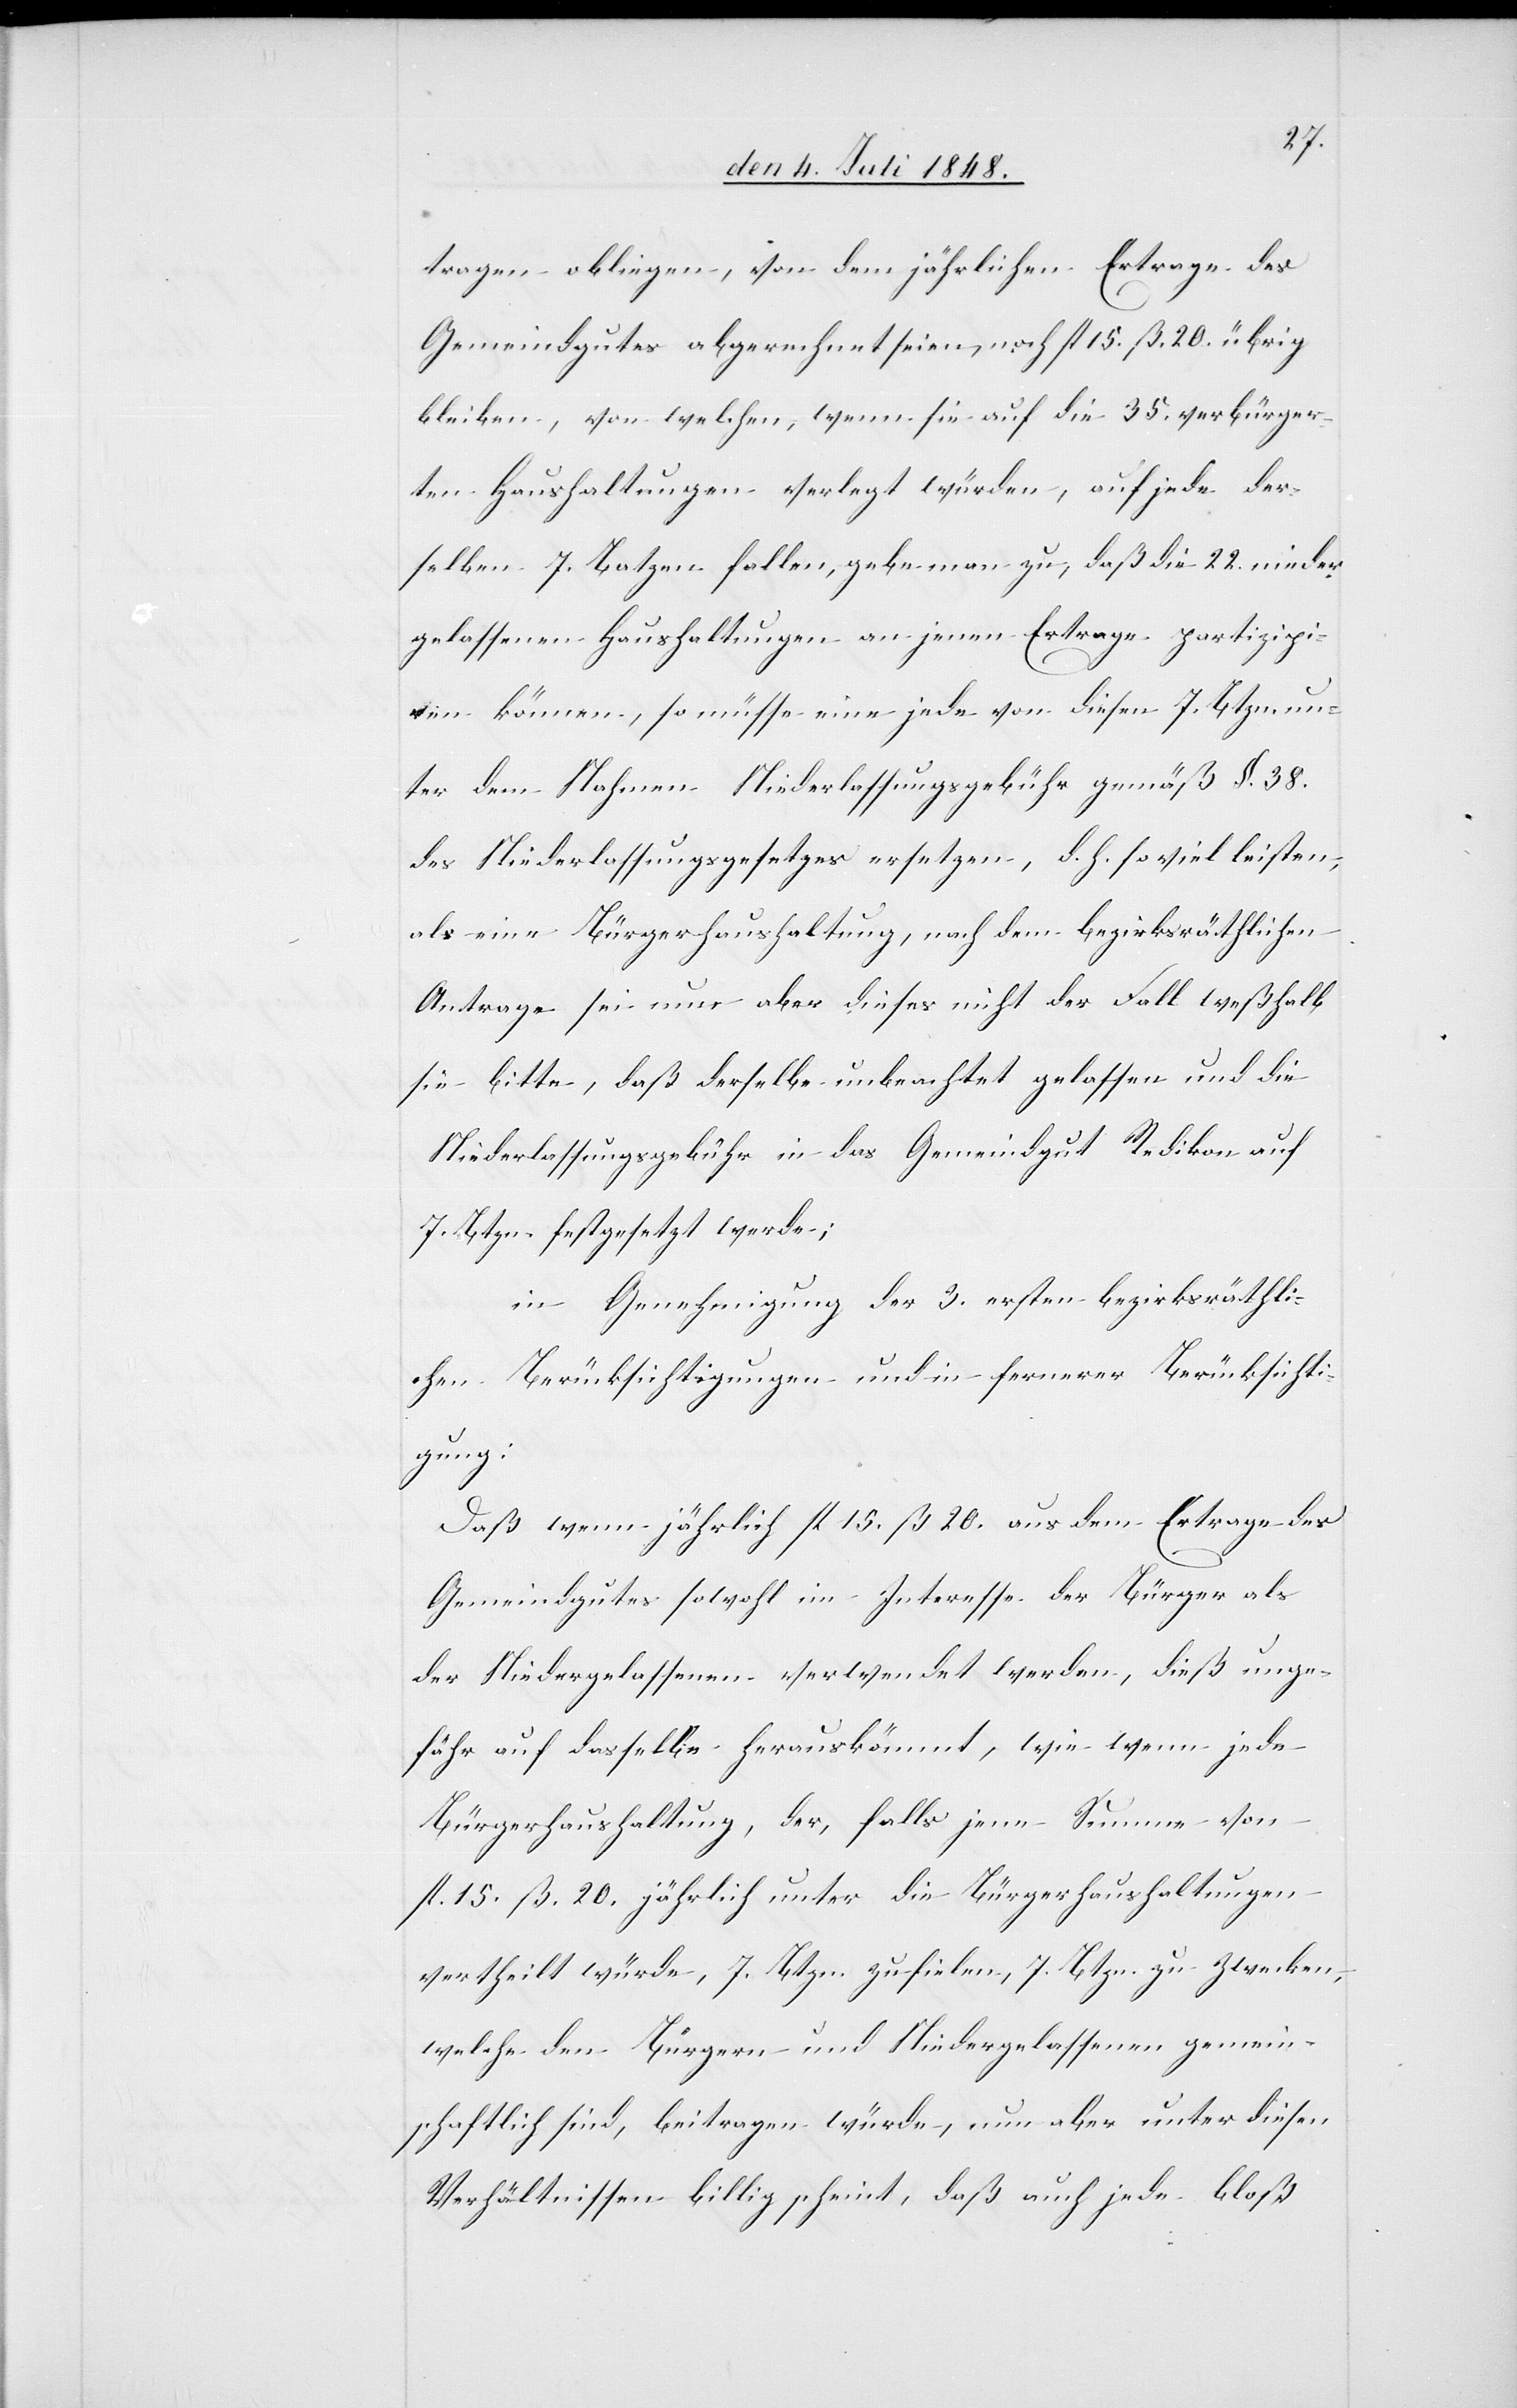
tragen obliege, von dem jährlichen Ertrage des
Gemeindgutes abgerechnet seien, noch fl. 15. ß. 20. übrig
bleiben, von welchen, wenn sie auf die 35. verbürger¬
ten Haushaltungen verlegt würden, auf jede der¬
selben 7. Batzen fallen, gebe man zu, daß die 22. nieder¬
gelassenen Haushaltungen an jenen Ertrage partizipi¬
ren können, so müsse eine jede von diesen 7. Btzn. un¬
ter dem Nahmen der Niederlassungsgebühr gemäß §. 38.
des Niederlassungsgesetzes ersetzen, d. h. so viel leisten,
als eine Bürgerhaushaltung, nach dem bezirksräthlichen
Antrage sei nur aber dieses nicht der Fall weßhalb
sie bitte, daß derselbe unbeachtet gelassen und die
Niederlassungsgebühr in das Gemeindgut R[i]edikon auf
7. Btzn. festgesetzt werde;
in Genehmigung der 3. ersten bezirksräthli¬
chen Berücksichtigungen und in fernerer Berücksichti¬
gung:
Daß wenn jährlich fl. 15. ß. 20. aus dem Ertrage des
Gemeindgutes sowohl im Interesse der Bürger als
der Niedergelassenen verwendet werden, dieß unge¬
fähr auf dasselbe herauskömmt, wie wenn jede
Bürgerhaushaltung, der, falls jene Summe von
fl. 15. ß. 20. jährlich unter die Bürgerhaushaltungen
vertheilt würde, 7. Btzn. zufielen, 7. Btzn. zu Zwecken,
welche den Bürgern und Niedergelassenen gemein¬
schaftlich sind, beitragen würde, nun aber unter diesen
Verhältnissen billig scheint, daß auch jede bloß